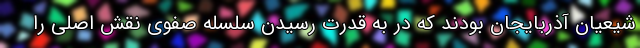
شیعیان آذربایجان بودند که در به قدرت رسیدن سلسله صفوی نقش اصلی را